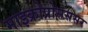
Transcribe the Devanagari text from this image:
माइक्रोप्रोसससर